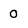
Character: 0